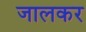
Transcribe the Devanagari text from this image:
जालकर